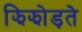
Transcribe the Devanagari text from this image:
झिझोड़ते